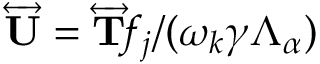
\overleftrightarrow { \mathbf { U } } = \overleftrightarrow { \mathbf { T } } \! f _ { j } / ( \omega _ { k } \gamma \Lambda _ { \alpha } )